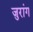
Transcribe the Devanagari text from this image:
जुरांग